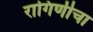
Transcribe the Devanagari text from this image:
रागिणीचा